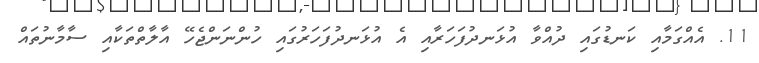
11. އެއްގަމާއި ކަނޑުގައި ދުއްވާ އުޅަނދުފަހަރާއި އެ އުޅަނދުފަހަރުގައި ހުންނަންޖެހޭ އާލާތްތަކާއި ސާމާނުތައް